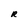
Character: R